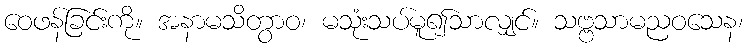
ဝေဖန်ခြင်းကို။ အနာမသိတွာဝ၊ မသုံးသပ်မူ၍သာလျှင်။ သဗ္ဗသာမညဝသေန၊